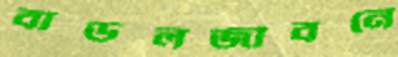
বাউলজীবনে